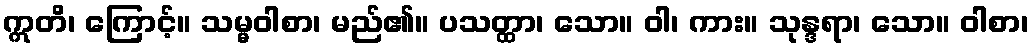
ဣတိ၊ ကြောင့်။ သမ္မဝါစာ၊ မည်၏။ ပသတ္ထာ၊ သော။ ဝါ၊ ကား။ သုန္ဒရာ၊ သော။ ဝါစာ၊